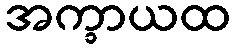
အက္ခာယထ